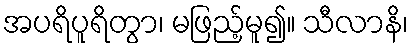
အပရိပူရိတွာ၊ မဖြည့်မူ၍။ သီလာနိ၊